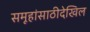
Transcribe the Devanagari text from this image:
समूहांसाठीदेखिल